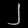
Digit: ၂